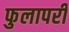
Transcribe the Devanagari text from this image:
फुलापरी